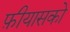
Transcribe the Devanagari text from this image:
फ़ीयासको